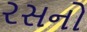
રસનો